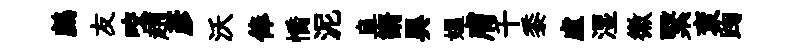
鸕友咬趙彥沃俸憍泥阜諝異媪膚千黍虛湿徽繄袞踘